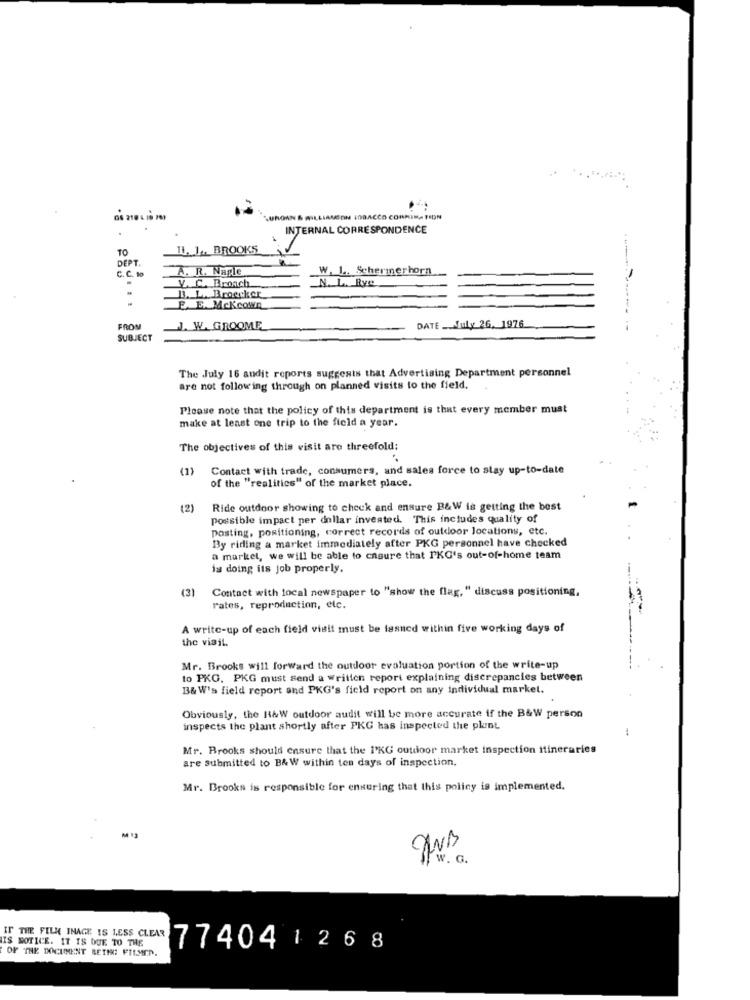
LURONN & WILLIAMSON IDBACCO CORMINA TION
INTERNAL CORRESPONDENCE
TO
11. 1 .. BROOKS
DEPT
A. R. Nagle
W. L. Schermerhorn
C. C. to
V. C. Broach
N. L. Rye
B. L. Broecker
F. E. Mckeown
FROM
J. W. GROOME
DATE __ July 26. 1976
SUBJECT
The July 16 audit reports suggests that Advertising Department personnel
are not following through on planned visits to the field.
Please note that the policy of this department is that every member must
make at least one trip to the field a year.
The objectives of this visit are threefold:
Contact with trade, consumers, and sales force to stay up-to-date
of the "realitics" of the market place.
(2)
Ride outdoor showing to check and ensure B&W is getting the best
possible impact per dollar invested. This includes quality of
posting, positioning, correct records of outdoor locations, etc.
By riding a market immediately after PKG personnel have checked
a market, we will be able to ensure that PKG's out-of-home team
is doing its job properly.
(3)
Contact with local newspaper to "show the flag, " discuss positioning,
rates, reproduction, etc.
A write-up of each field visit must be lesned within five working days of
the viait.
Mr. Brooks will forward the outdoor evaluation portion of the write-up
to PKG. PKG must send a written report explaining discrepancies between
B& W's field report and PKG's field report on any individual market.
Obviously, the HAW outdoor audit will be more accurate if the B&W person
inspects the plant shortly after PKG has inspected the plant
Mr. Brooks should ensure that the 1'KG outdoor market inspection itineraries
are Submitted to B&W within ten days of inspection.
Mr. Brooks is responsible for ensuring that this policy is implemented.
/w. G.
IS NOTICE. IT IS DUE TO THE
OF THE DOCUMENT BETHE FILMEP.
IT NE PILA INACE IS LESS CLEAR 77404 1 26 8